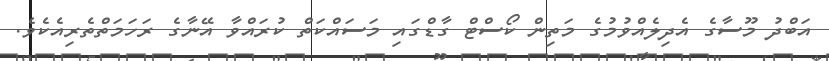
އަބްދު މޫސާގެ އެދިލެއްވުމުގެ މަތިން ކޯސްޓް ގާޑްގައި މަސައްކަތް ކުރައްވާ އޭނާގެ ރަހަމަތްތެރިއެކެވެ.